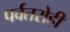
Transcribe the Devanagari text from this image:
पर्वतरोही